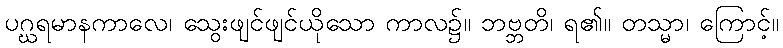
ပဂ္ဃရမာနကာလေ၊ သွေးဖျင်ဖျင်ယိုသော ကာလ၌။ ဘဗ္ဘတိ၊ ရ၏။ တသ္မာ၊ ကြောင့်။